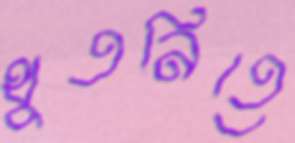
থুতনিতে